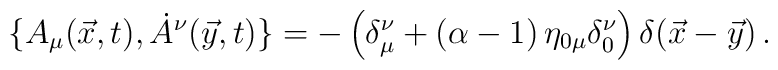
\bigl\{A_\mu(\vec x,t),\dot A^\nu(\vec y,t)\bigr\}=-\,\Bigl(\delta_\mu^\nu+(\alpha-1)\,\eta_{0\mu}\delta_0^\nu\Bigr)\,\delta(\vec x-\vec y)\,.